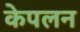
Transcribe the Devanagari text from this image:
केपलन